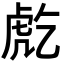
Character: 𧆫